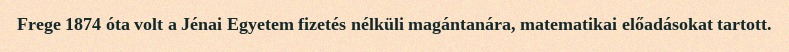
Frege 1874 óta volt a Jénai Egyetem fizetés nélküli magántanára, matematikai előadásokat tartott.